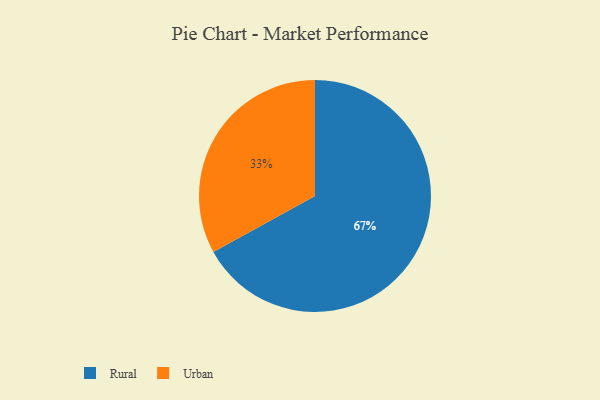
{"axis": {"x": "Category", "y": "Percentage"}, "legend": ["Rural", "Urban"], "data": [{"x": "Urban", "y": 33, "type": "Urban"}, {"x": "Rural", "y": 67, "type": "Rural"}]}